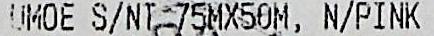
UMOE S/N 75MX50M, N/PINK